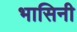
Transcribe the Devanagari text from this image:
भासिनी